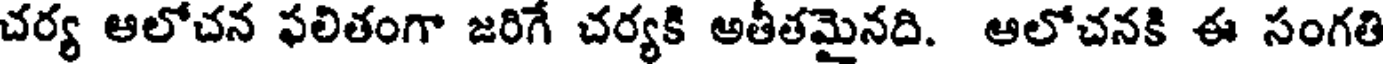
చర్య ఆలోచన ఫలితంగా జరిగే చర్యకి అతీతమైనది. ఆలోచనకి ఈ సంగతి